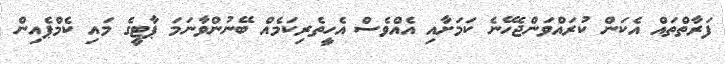
ފަރާތްތައް އެކަން ކުރައްވަންޖެހޭނެ ކަމަށާއި އެއްވެސް އެހީތެރިކަމެއް ބޭނުންވާނަމަ ޕާޓީގެ މައި ކެމްޕެއިން